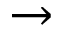
\rightarrow